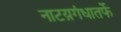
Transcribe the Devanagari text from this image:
नाटय़गंधातर्फे